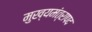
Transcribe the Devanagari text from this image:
मुख्यमंत्रापद